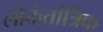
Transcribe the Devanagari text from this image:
लोक्तंतांत्रिक